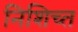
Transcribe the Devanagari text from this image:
निशिच्त